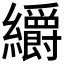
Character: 𮉜